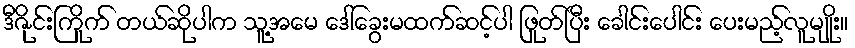
ဒီဇိုင်းကြိုက် တယ်ဆိုပါက သူ့အမေ ဒေါ်ခွေးမထက်ဆင့်ပါ ဖြုတ်ပြီး ခေါင်းပေါင်း ပေးမည့်လူမျိုး။